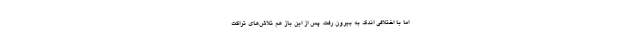
اما با اختلافی اندک به بیرون رفت. پس از این باز هم تلاش‌های تراکت